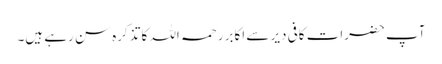
آپ حضرات کافی دیر سے اکابر رحمہ اللہ کا تذکرہ سن رہے ہیں۔